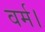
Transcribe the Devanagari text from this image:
वर्म।